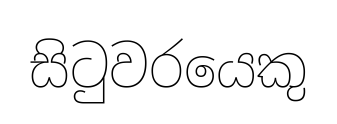
සිටුවරයෙකු